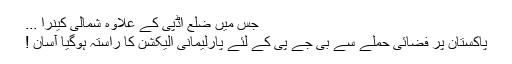
جس میں ضلع اڈپی کے علاوہ شمالی کینرا ...
پاکستان پر فضائی حملے سے بی جے پی کے لئے پارلیمانی الیکشن کا راستہ ہوگیا آسان !